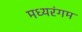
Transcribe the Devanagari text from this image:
मध्यरंगम